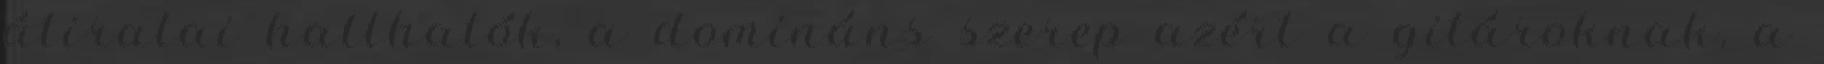
átiratai hallhatók, a domináns szerep azért a gitároknak, a